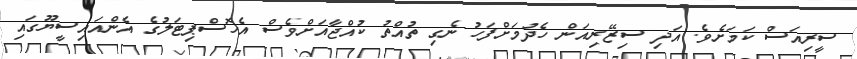
ސީރިއަސް ކަަމަށެވެ. އަދި ސިޒޭރިއަން ހެދުމަށްފަހު ނެގި ތުއްތު ކުއްޖާއަށްވެސް އެހޮސްޕިޓަލުގެ އެންއައިސީޔޫގައި